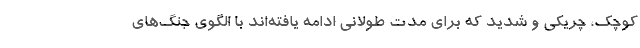
کوچک، چریکی و شدید که برای مدت طولانی ادامه یافته‌اند با الگوی جنگ‌های